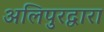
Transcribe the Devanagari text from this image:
अलिपुरद्वारा